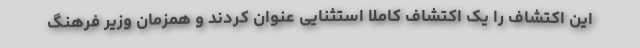
این اکتشاف را یک اکتشاف کاملا استثنایی عنوان کردند و همزمان وزیر فرهنگ